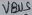
Text: VBUS